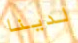
لدينا